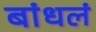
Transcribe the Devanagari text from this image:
बांधलं